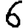
Digit: 6